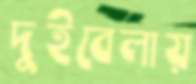
দুইবেলায়